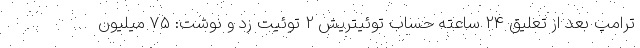
ترامپ بعد از تعلیق 24 ساعته حساب توئیتریش 2 توئیت زد و نوشت: ٧۵ میلیون